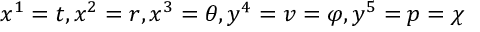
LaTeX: x ^ { 1 } = t , x ^ { 2 } = r , x ^ { 3 } = \theta , y ^ { 4 } = v = \varphi , y ^ { 5 } = p = \chi